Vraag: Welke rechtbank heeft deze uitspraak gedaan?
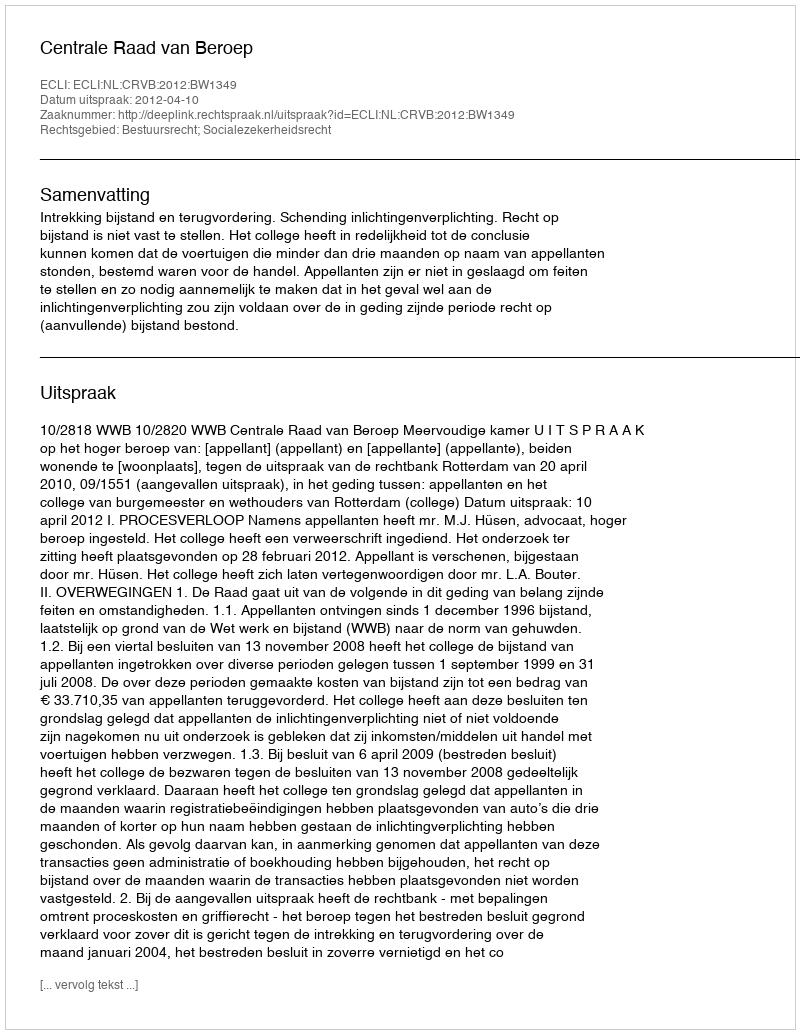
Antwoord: Centrale Raad van Beroep